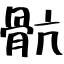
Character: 骯